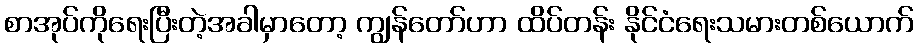
စာအုပ်ကိုရေးပြီးတဲ့အခါမှာတော့ ကျွန်တော်ဟာ ထိပ်တန်း နိုင်ငံရေးသမားတစ်ယောက်